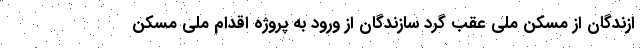
ازندگان از مسکن ملی عقب گرد سازندگان از ورود به پروژه اقدام ملی مسکن